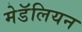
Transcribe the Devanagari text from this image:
मेडॅलियन